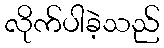
လိုက်ပါခဲ့သည်